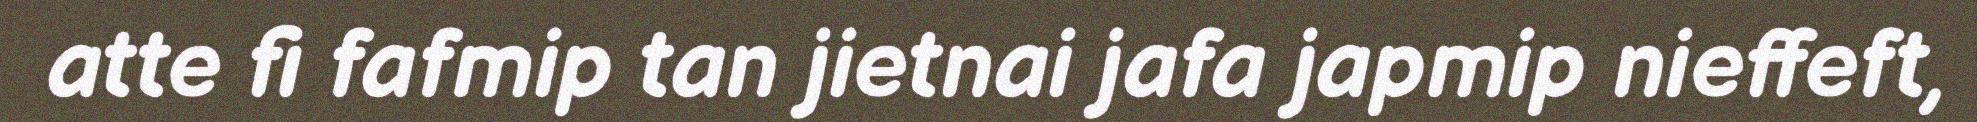
atte fi fafmip tan jietnai jafa japmip nieffeft,